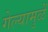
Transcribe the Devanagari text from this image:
गेल्यामुळें